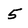
Character: 5